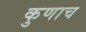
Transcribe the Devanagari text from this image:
कुणाच